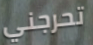
تحرجني